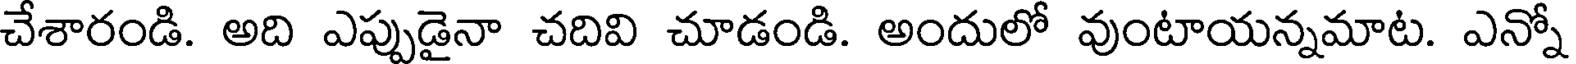
చేశారండి. అది ఎప్పుడైనా చదివి చూడండి. అందులో వుంటాయన్నమాట. ఎన్నో